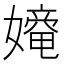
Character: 𡢧